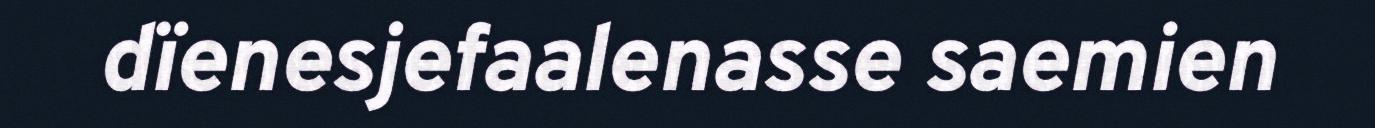
dïenesjefaalenasse saemien